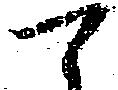
可